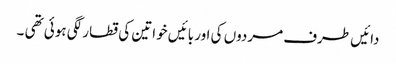
دائیں طرف مردوں کی اور بائیں خواتین کی قطار لگی ہوئی تھی ۔